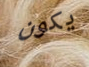
يكون